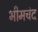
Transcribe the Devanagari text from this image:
भीमचंद